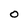
Character: O